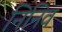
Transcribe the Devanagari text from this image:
निनिव